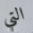
التي